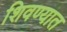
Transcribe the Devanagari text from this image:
शिवण्यात